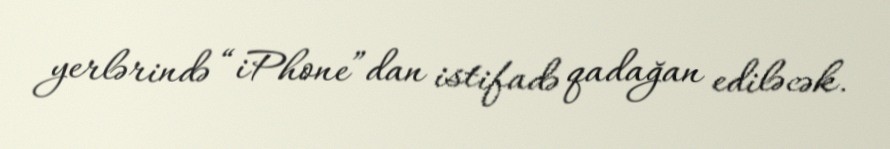
yerlərində “iPhone”dan istifadə qadağan ediləcək.